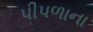
પીપળાના